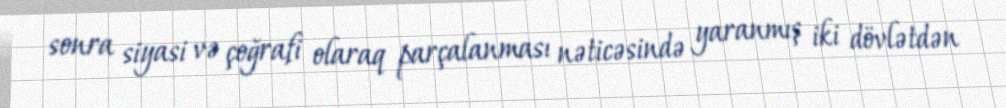
sonra siyasi və çoğrafi olaraq parçalanması nəticəsində yaranmış iki dövlətdən